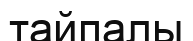
тайпалы